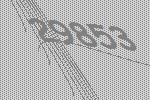
29853